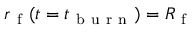
r _ { \mathrm { ~ f ~ } } ( t = t _ { \mathrm { ~ b ~ u ~ r ~ n ~ } } ) = R _ { \mathrm { ~ f ~ } }